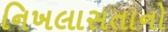
નિખલાસતાનો